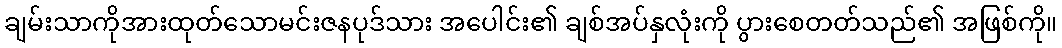
ချမ်းသာကိုအားထုတ်သောမင်းဇနပုဒ်သား အပေါင်း၏ ချစ်အပ်နှလုံးကို ပွားစေတတ်သည်၏ အဖြစ်ကို။